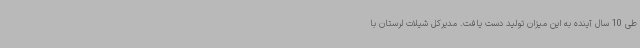
طی 10 سال آینده به این میزان تولید دست یافت. مدیرکل شیلات لرستان با